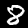
Digit: 8